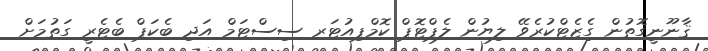
ޤާނޫނީގޮތުން ގެޒެޓްކުރެވޭ ލިޔުން ލެޕްޓޮޕް ކޮމްޕިއުޓަރ ސިސްޓަމް އަދި ބެކަޕް ބެޓެރީ ގަތުމަށް